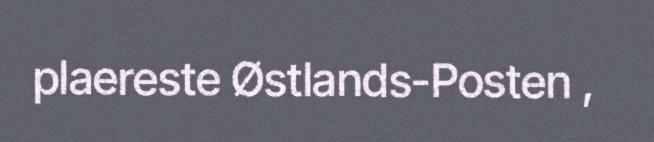
plaereste Østlands-Posten ,